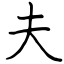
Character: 夫